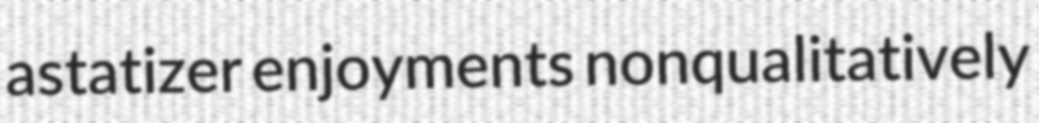
astatizer enjoyments nonqualitatively